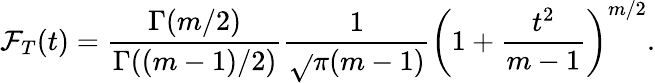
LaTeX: \mathcal{F}_{T}(t)={\frac{{\Gamma(m/2)}}{{\Gamma((m-1)/2)}}}{\frac{{1}}{{\sqrt{}{{\pi(m-1)}}}}}\left(1+{\frac{{t^{2}}}{{m-1}}}\right)^{m/2}.